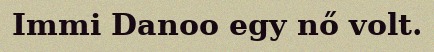
Immi Danoo egy nő volt.